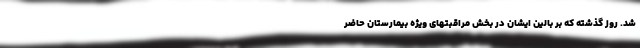
شد. روز گذشته که بر بالین ایشان در بخش مراقبتهای ویژه بیمارستان حاضر